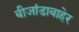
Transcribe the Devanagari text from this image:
बीजांडाबाहेर